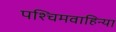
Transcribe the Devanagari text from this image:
पश्चिमवाहिन्या